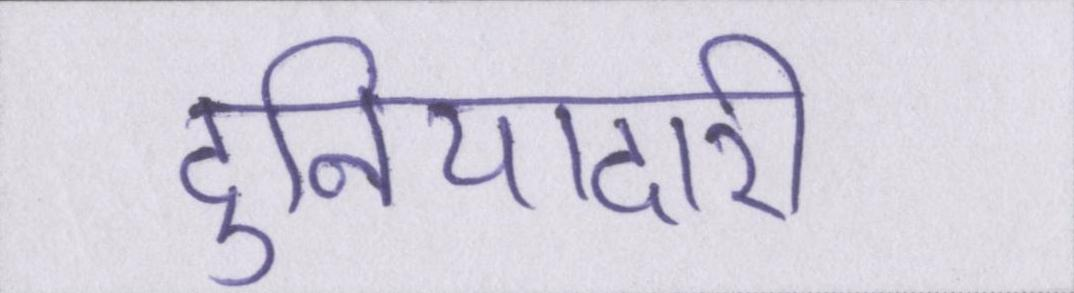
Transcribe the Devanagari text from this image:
दुनियादारी